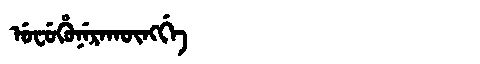
Manchu: ᡠᠸᡠᡥᡠᠨᡝᡵᠠᡴᡡᠩᡤᡝ
Romanization: UFUHUNERAKŪNGGE